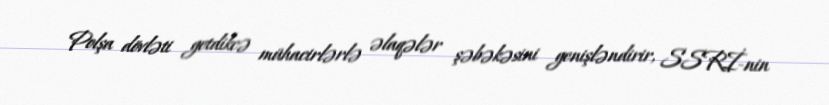
Polşa dövləti getdikcə mühacirlərlə əlaqələr şəbəkəsini genişləndirir, SSRİ-nin